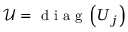
\mathcal { U } = \mathrm { ~ d ~ i ~ a ~ g ~ } \left( U _ { j } \right)